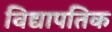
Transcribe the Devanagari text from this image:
विद्यापतिक